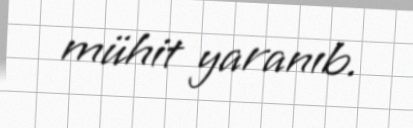
mühit yaranıb.